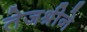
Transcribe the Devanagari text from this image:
तेजश्रीने